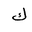
Letter: _kaf